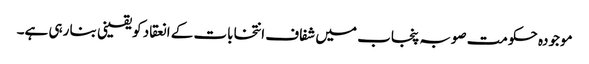
موجودہ حکومت صوبہ پنجاب میں شفاف انتخابات کے انعقاد کو یقینی بنا رہی ہے۔